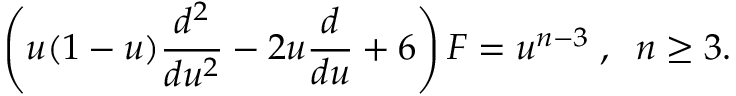
\left( u ( 1 - u ) \frac { d ^ { 2 } } { d u ^ { 2 } } - 2 u \frac { d } { d u } + 6 \right) F = u ^ { n - 3 } \; , \; \; n \geq 3 .